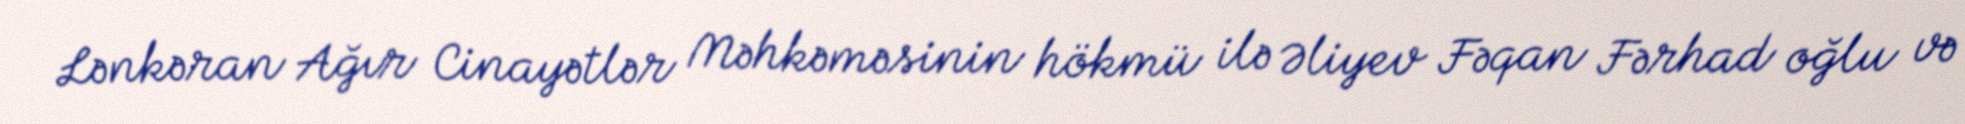
Lənkəran Ağır Cinayətlər Məhkəməsinin hökmü ilə Əliyev Fəqan Fərhad oğlu və